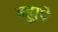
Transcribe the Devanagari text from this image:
बहुरुपे